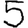
Digit: 5